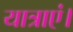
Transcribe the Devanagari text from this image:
यात्राएं।